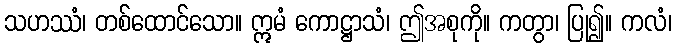
သဟဿံ၊ တစ်ထောင်သော။ ဣမံ ကောဋ္ဌာသံ၊ ဤအစုကို။ ကတွာ၊ ပြု၍။ ကလံ၊